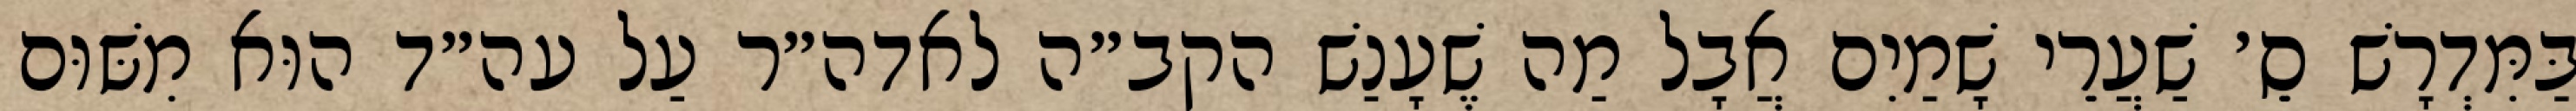
בַּמִּדְרָשׁ סֵ׳ שַׁעֲרֵי שָׁמַיִם אֲבָל מַה שֶׁעָנַשׁ הקב״ה לאדה״ר עַל עה״ד הוּא מִשּׁוּם